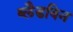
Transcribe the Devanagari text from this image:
ब्लैडविन